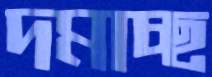
দমাচ্ছ